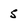
Character: 5